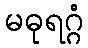
မဓုရဂ္ဂံ